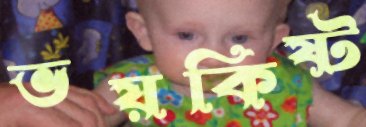
ভয়কিষ্ট